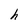
Character: h